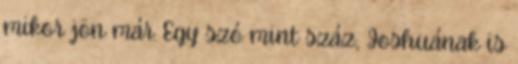
mikor jön már. Egy szó mint száz, Joshuának is